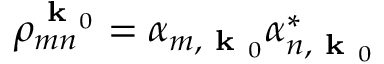
\rho _ { m n } ^ { \textbf { k } _ { 0 } } = \alpha _ { m , \textbf { k } _ { 0 } } \alpha _ { n , \textbf { k } _ { 0 } } ^ { * }